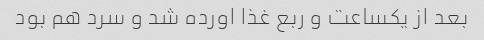
بعد از یکساعت و ربع غذا اورده شد و سرد هم بود